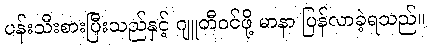
ပန်းသီးစားပြီးသည်နှင့် ဂျူတီဝင်ဖို့ မာနာ ပြန်လာခဲ့ရသည်။